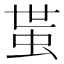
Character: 𧉺